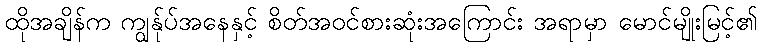
ထိုအချိန်က ကျွန်ုပ်အနေနှင့် စိတ်အဝင်စားဆုံးအကြောင်း အရာမှာ မောင်မျိုးမြင့်၏